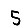
Digit: 5